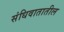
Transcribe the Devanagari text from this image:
संधिवातातील